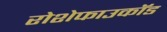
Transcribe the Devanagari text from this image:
रोशेफाउकॉड